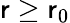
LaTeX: \mathsf{r}\geq\mathsf{r}_{0}